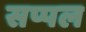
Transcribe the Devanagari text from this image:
सप्पल